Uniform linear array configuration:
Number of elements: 24
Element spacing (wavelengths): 0.75
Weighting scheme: cosine
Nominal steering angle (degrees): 45
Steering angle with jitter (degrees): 46.964
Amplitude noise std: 0.05
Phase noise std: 0.05

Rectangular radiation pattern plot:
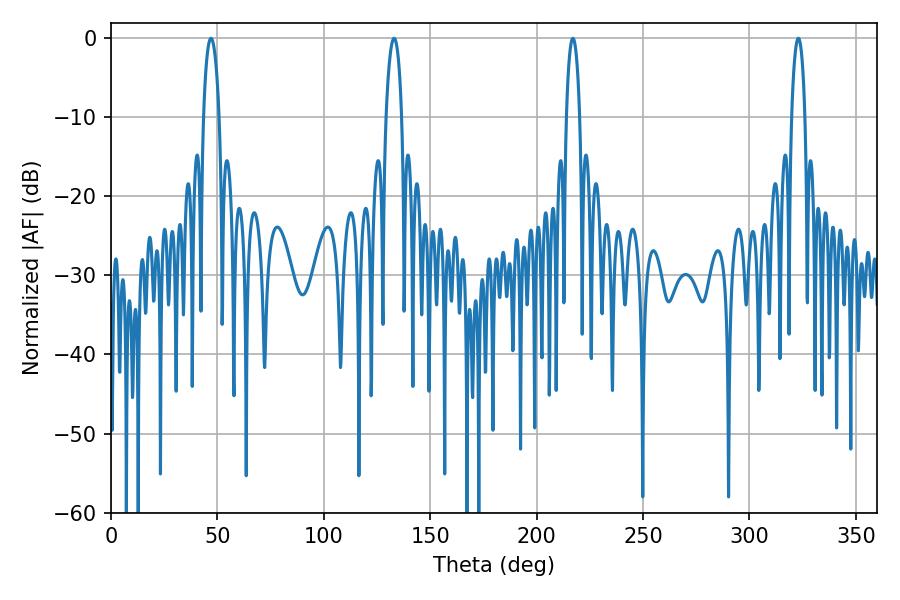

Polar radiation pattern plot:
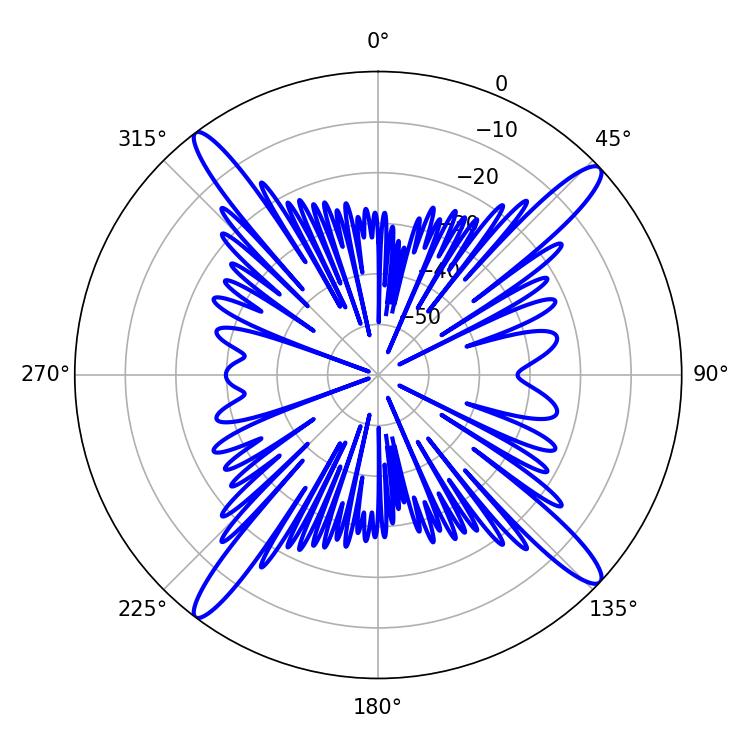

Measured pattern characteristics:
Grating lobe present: TRUE
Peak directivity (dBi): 17.54
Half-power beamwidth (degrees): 4.14
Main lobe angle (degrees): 46.98